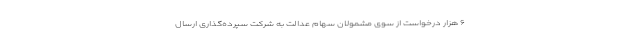
۶ هزار درخواست از سوی مشمولان سهام عدالت به شرکت سپرده‌گذاری ارسال